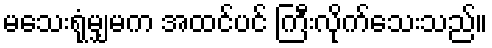
မသေးရုံမျှမက အထင်ပင် ကြီးလိုက်သေးသည်။